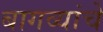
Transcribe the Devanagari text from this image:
बागव्यांचे